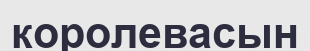
королевасын